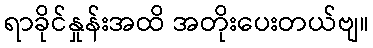
ရာခိုင်နှုန်းအထိ အတိုးပေးတယ်ဗျ။